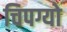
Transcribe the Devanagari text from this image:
चिपग्यो